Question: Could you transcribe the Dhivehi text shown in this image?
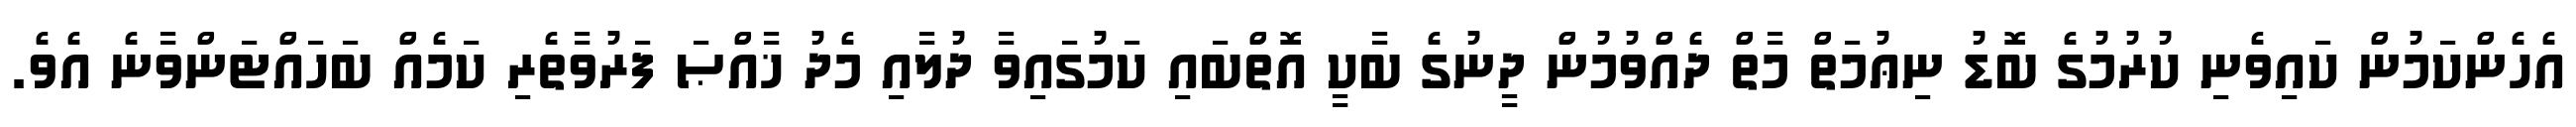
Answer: އެހެންކަމުން ކައިވެނި ކުރުމުގެ ބޮޑު ނިޢުމަތް މާތް ދެއްވުމުން ދީނުގެ ބާކީ އޮތްބައި ކަމުގައިވާ ދުލާއި މެދު ޚާއްޞަ ފަރުވާތެރި ކަމެއް ބަހައްޓަންވާނެ އެވެ.